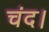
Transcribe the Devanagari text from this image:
चंद।